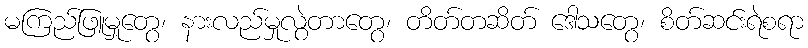
မကြည်ဖြူမှုတွေ၊ နားလည်မှုလွဲတာတွေ၊ တိတ်တဆိတ် ဒေါသတွေ၊ စိတ်ဆင်းရဲစရာ